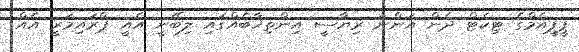
ޕީޕީއެމްގެ ޓިކެޓް ދެން އަންނަ ރިޔާސީ އިންތިޚާބެއްގައި ލިބޭނީ އެއީ ޕްރައިމަރީ އެއް